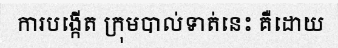
ការបង្កើត ក្រុមបាល់ទាត់នេះ គឺដោយ